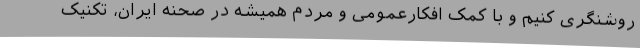
روشنگری کنیم و با کمک افکارعمومی و مردم همیشه در صحنه ایران، تکنیک